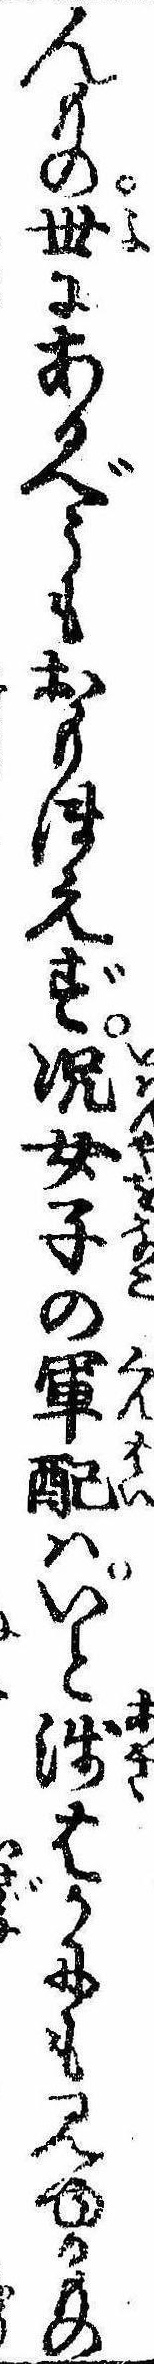
んもの世にあるべうもおもほえず況女子の軍配はいと浅はかにも見ゆるもの